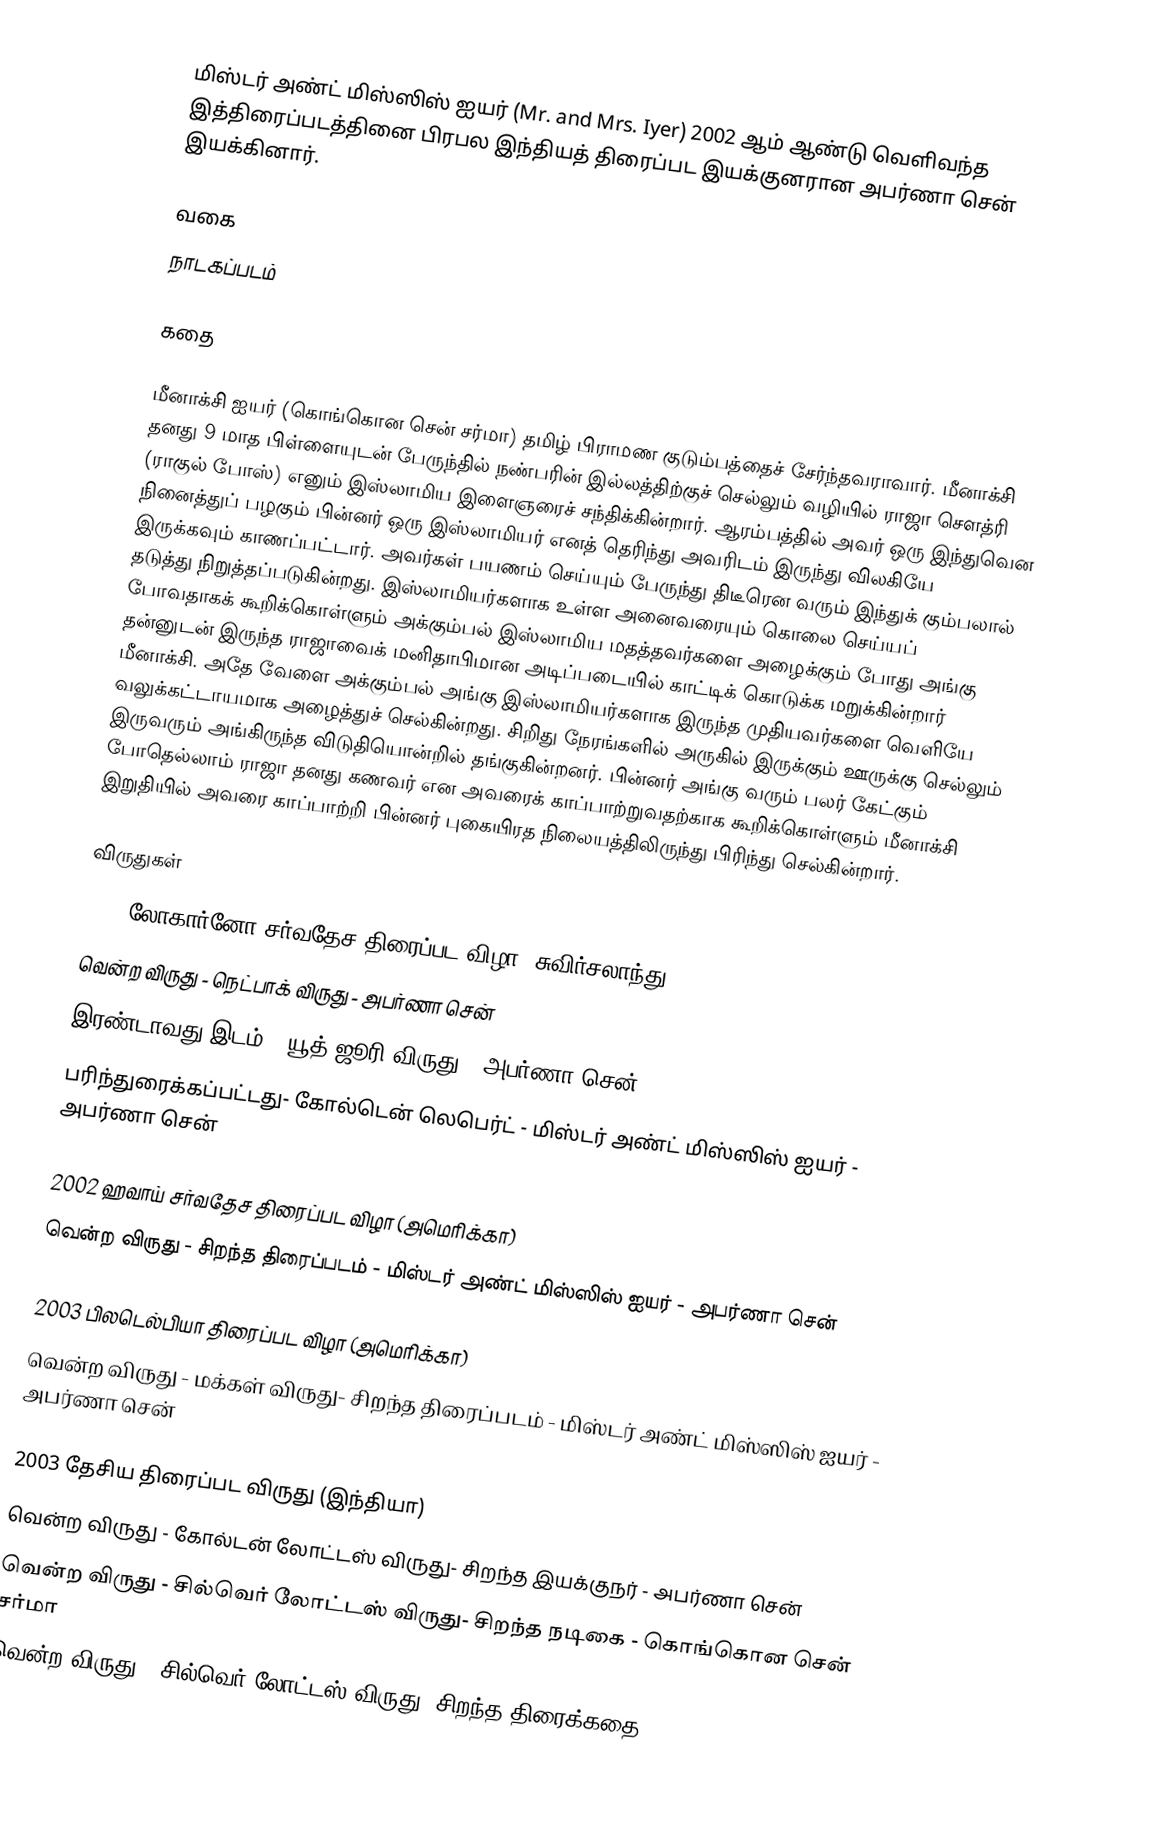
மிஸ்டர் அண்ட் மிஸ்ஸிஸ் ஐயர் (Mr. and Mrs. Iyer) 2002 ஆம் ஆண்டு வெளிவந்த இத்திரைப்படத்தினை பிரபல இந்தியத் திரைப்பட இயக்குனரான அபர்ணா சென் இயக்கினார்.

வகை
நாடகப்படம்

கதை

மீனாக்சி ஐயர் (கொங்கொன சென் சர்மா) தமிழ் பிராமண குடும்பத்தைச் சேர்ந்தவராவார். மீனாக்சி தனது 9 மாத பிள்ளையுடன் பேருந்தில் நண்பரின் இல்லத்திற்குச் செல்லும் வழியில் ராஜா சௌத்ரி (ராகுல் போஸ்) எனும் இஸ்லாமிய இளைஞரைச் சந்திக்கின்றார். ஆரம்பத்தில் அவர் ஒரு இந்துவென நினைத்துப் பழகும் பின்னர் ஒரு இஸ்லாமியர் எனத் தெரிந்து அவரிடம் இருந்து விலகியே இருக்கவும் காணப்பட்டார். அவர்கள் பயணம் செய்யும் பேருந்து திடீரென வரும் இந்துக் கும்பலால் தடுத்து நிறுத்தப்படுகின்றது. இஸ்லாமியர்களாக உள்ள அனைவரையும் கொலை செய்யப் போவதாகக் கூறிக்கொள்ளும் அக்கும்பல் இஸ்லாமிய மதத்தவர்களை அழைக்கும் போது அங்கு தன்னுடன் இருந்த ராஜாவைக் மனிதாபிமான அடிப்படையில் காட்டிக் கொடுக்க மறுக்கின்றார் மீனாக்சி. அதே வேளை அக்கும்பல் அங்கு இஸ்லாமியர்களாக இருந்த முதியவர்களை வெளியே வலுக்கட்டாயமாக அழைத்துச் செல்கின்றது. சிறிது நேரங்களில் அருகில் இருக்கும் ஊருக்கு செல்லும் இருவரும் அங்கிருந்த விடுதியொன்றில் தங்குகின்றனர். பின்னர் அங்கு வரும் பலர் கேட்கும் போதெல்லாம் ராஜா தனது கணவர் என அவரைக் காப்பாற்றுவதற்காக கூறிக்கொள்ளும் மீனாக்சி இறுதியில் அவரை காப்பாற்றி பின்னர் புகையிரத நிலையத்திலிருந்து பிரிந்து செல்கின்றார்.

விருதுகள்
2002 லோகார்னோ சர்வதேச திரைப்பட விழா (சுவிர்சலாந்து)
 வென்ற விருது - நெட்பாக் விருது - அபர்ணா சென்
 இரண்டாவது இடம் - யூத் ஜூரி விருது - அபர்ணா சென்
 பரிந்துரைக்கப்பட்டது- கோல்டென் லெபெர்ட் - மிஸ்டர் அண்ட் மிஸ்ஸிஸ் ஐயர் - அபர்ணா சென்

2002 ஹவாய் சர்வதேச திரைப்பட விழா (அமெரிக்கா)
 வென்ற விருது - சிறந்த திரைப்படம்  - மிஸ்டர் அண்ட் மிஸ்ஸிஸ் ஐயர் - அபர்ணா சென்

2003 பிலடெல்பியா திரைப்பட விழா (அமெரிக்கா)
 வென்ற விருது - மக்கள் விருது- சிறந்த திரைப்படம் - மிஸ்டர் அண்ட் மிஸ்ஸிஸ் ஐயர் - அபர்ணா சென்

2003 தேசிய திரைப்பட விருது (இந்தியா)
 வென்ற விருது - கோல்டன் லோட்டஸ் விருது- சிறந்த இயக்குநர் - அபர்ணா சென்
 வென்ற விருது - சில்வெர் லோட்டஸ் விருது- சிறந்த நடிகை - கொங்கொன சென் சர்மா
 வென்ற விருது - சில்வெர் லோட்டஸ் விருது- சிறந்த திரைக்கதை -